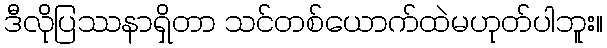
ဒီလိုပြဿနာရှိတာ သင်တစ်ယောက်ထဲမဟုတ်ပါဘူး။